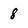
Character: 8